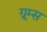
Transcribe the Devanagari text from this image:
ग्रूम्स